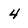
Character: 4